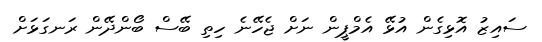
ސައިޒު އޮޅިގެން އުޅޭ އެމްޕީން ނަށް ޖެހޭނެ ހިތި ބޭސް ބޯންދޭން ރަނގަޅަށް